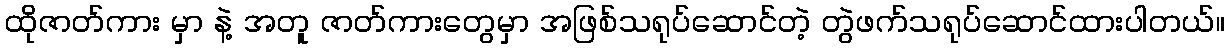
ထိုဇာတ်ကား မှာ နဲ့ အတူ ဇာတ်ကားတွေမှာ အဖြစ်သရုပ်ဆောင်တဲ့ တွဲဖက်သရုပ်ဆောင်ထားပါတယ်။